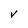
Character: V